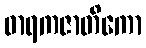
ဓာရကဇာတိကော